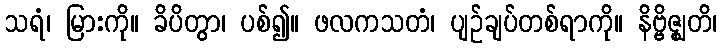
သရံ၊ မြားကို။ ခိပိတွာ၊ ပစ်၍။ ဖလကသတံ၊ ပျဉ်ချပ်တစ်ရာကို။ နိဗ္ဗိဇ္ဈတိ၊